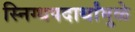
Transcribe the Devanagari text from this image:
स्निग्धपदार्थांमुळे